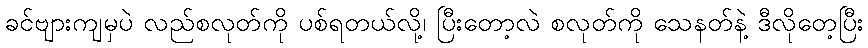
ခင်ဗျားကျမှပဲ လည်စလုတ်ကို ပစ်ရတယ်လို့၊ ပြီးတော့လဲ စလုတ်ကို သေနတ်နဲ့ ဒီလိုတေ့ပြီး